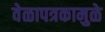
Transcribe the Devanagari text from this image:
वेळापत्रकामुळे